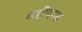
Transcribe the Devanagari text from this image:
शहीदगढ़